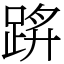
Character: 䟸